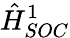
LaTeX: \hat{H}_{SOC}^{1}